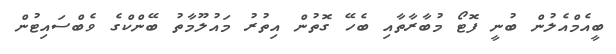
ބީއެމްއެލުން ބުނީ ފޮޓޯ މުބާރާތާއި ބެހޭ ގޮތުން އިތުރު މައުލޫމާތު ބޭންކްގެ ވެބްސައިޓުން